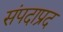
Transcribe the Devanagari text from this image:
संपदाप्रद